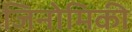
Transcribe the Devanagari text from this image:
जिनोमिकी